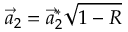
\vec { a } _ { 2 } = \vec { a } _ { 2 } ^ { * } \sqrt { 1 - R }